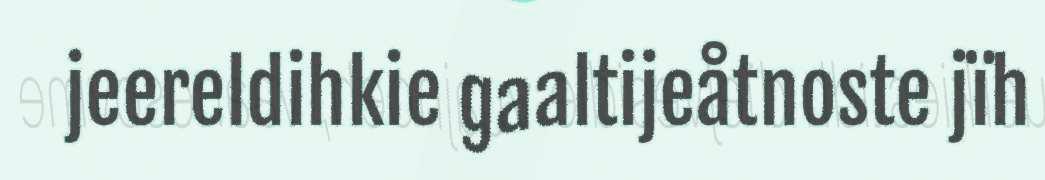
jeereldihkie gaaltijeåtnoste jïh